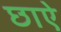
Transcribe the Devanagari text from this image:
छाऐ